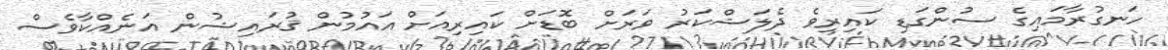
ހަނގުރާމައިގެ ސުންގަޑި ކައިރިވެ ދެލަޝްކަރު ވަރަށް ބޮޑަށް ކައިރިއަށް އައުމުން ޤުރައިޝުން އަނެއްކާވެސް